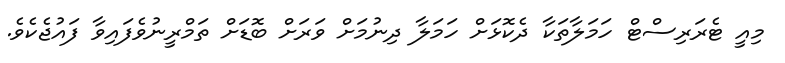
މިއީ ޓެރަރިސްޓް ހަމަލާތަކާ ދެކޮޅަށް ހަމަލާ ދިނުމަށް ވަރަށް ބޮޑަށް ތަމްރީނުވެފައިވާ ފައުޖެކެވެ.